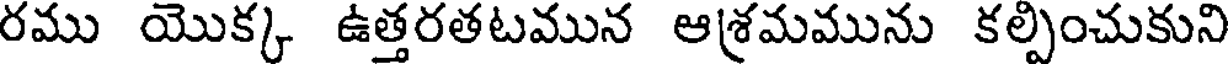
రము యొక్క ఉత్తరతటమున ఆశ్రమమును కల్పించుకుని